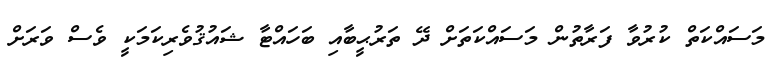
މަސައްކަތް ކުރުވާ ފަރާތުން މަސައްކަތަށް ދޭ ތަރުޙީބާއި ބަހައްޓާ ޝައުޤުވެރިކަމަކީ ވެސް ވަރަށް